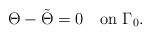
\begin{align*}\Theta-\tilde \Theta=0\quad\mbox{on}\,\,\Gamma_0.\end{align*}